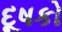
દૂષકો